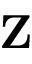
\ensuremath \mathbf { Z }